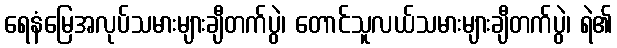
ရေနံမြေအလုပ်သမားများချီတက်ပွဲ၊ တောင်သူလယ်သမားများချီတက်ပွဲ၊ ရဲ၏